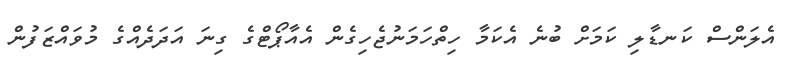
އެލަންސް ކަނޑާލި ކަމަށް ބުނެ އެކަމާ ހިތްހަމަނުޖެހިގެން އެއާޕޯޓްގެ ގިނަ އަދަދެއްގެ މުވައްޒަފުން